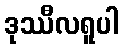
ဒုဿီလရူပါ